Vaccination in Burma 1912-1922 - 1912-1922
Year: 1912
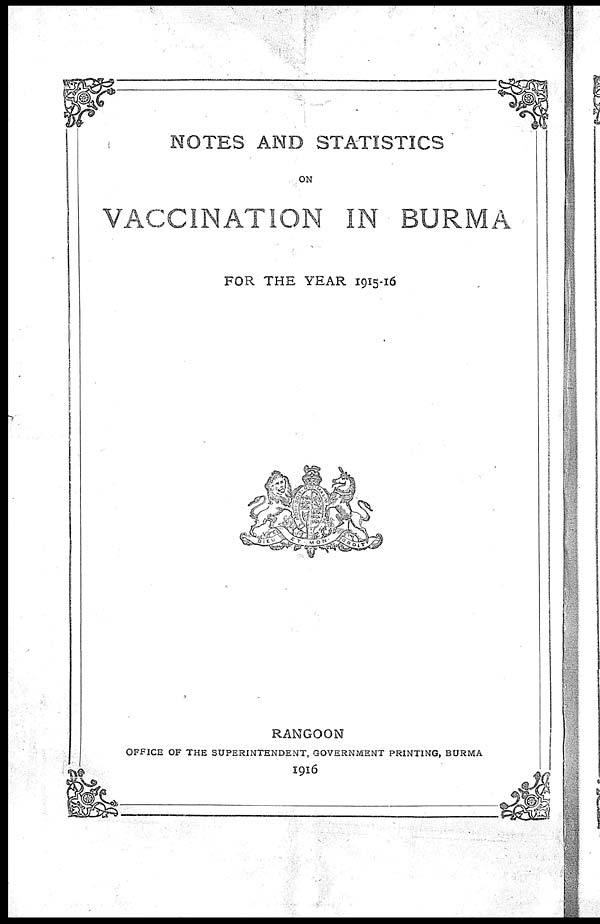
NOTES AND STATISTICS
ON
VACCINATION IN BURMA
FOR THE YEAR 1915-16
RANGOON
OFFICE OF THE SUPERINTENDENT, GOVERNMENT PRINTING, BURMA
1916